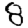
Digit: 8